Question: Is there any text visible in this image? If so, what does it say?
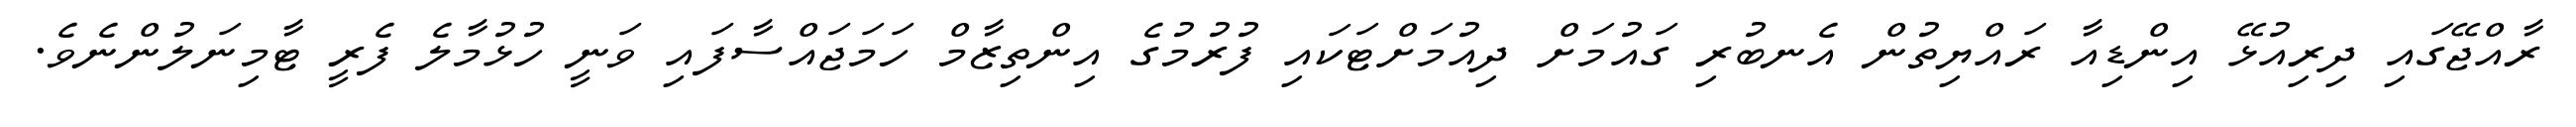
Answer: ރާއްޖޭގައި ދިރިއުޅޭ އިންޑިއާ ރައްޔިތުން އެނބުރި ގައުމަށް ދިއުމަށްޓަކައި ފުރުމުގެ އިންތިޒާމް ހަމަޖައްސާފައި ވަނީ ހުޅުމާލެ ފެރީ ޓާމިނަލުންނެވެ.